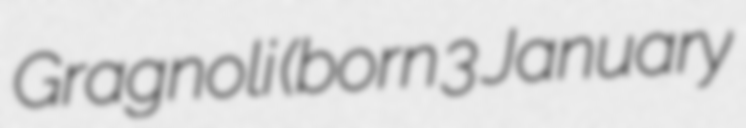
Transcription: Gragnoli (born 3 January